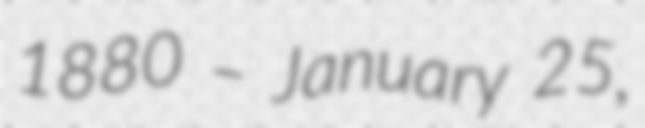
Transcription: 1880 – January 25,